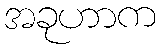
အခုဟာက